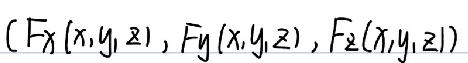
\((F_x(x,y,z), F_y(x,y,z), F_z(x,y,z))\)